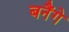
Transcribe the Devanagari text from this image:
बनैंगे